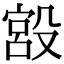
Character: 𣪯